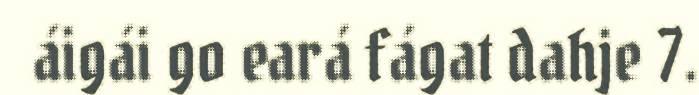
áigái go eará fágat dahje 7.